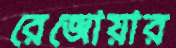
রেজোয়ার